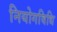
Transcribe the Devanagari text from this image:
नियोगविधि